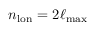
n _ { \mathrm { l o n } } = 2 \ell _ { \mathrm { m a x } }